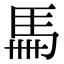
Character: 𩡧